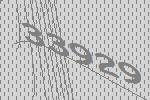
33929